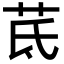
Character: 茋